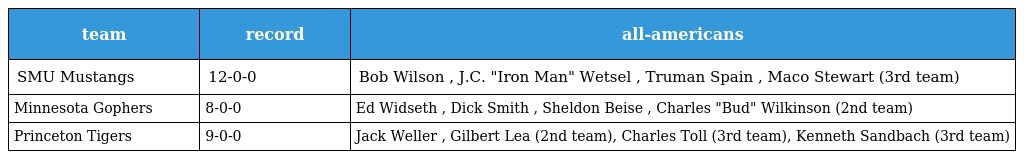
| team | record | all-americans |
 | --- | --- | --- |
 | SMU Mustangs | 12-0-0 | Bob Wilson , J.C. "Iron Man" Wetsel , Truman Spain , Maco Stewart (3rd team) |
 | Minnesota Gophers | 8-0-0 | Ed Widseth , Dick Smith , Sheldon Beise , Charles "Bud" Wilkinson (2nd team) |
 | Princeton Tigers | 9-0-0 | Jack Weller , Gilbert Lea (2nd team), Charles Toll (3rd team), Kenneth Sandbach (3rd team) |